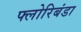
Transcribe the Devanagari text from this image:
फ्लोरिबंडा